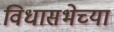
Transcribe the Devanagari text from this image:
विधासभेच्या